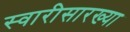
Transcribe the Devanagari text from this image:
स्वारीसारख्या